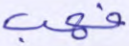
فهب